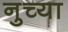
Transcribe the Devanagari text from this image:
नुच्या